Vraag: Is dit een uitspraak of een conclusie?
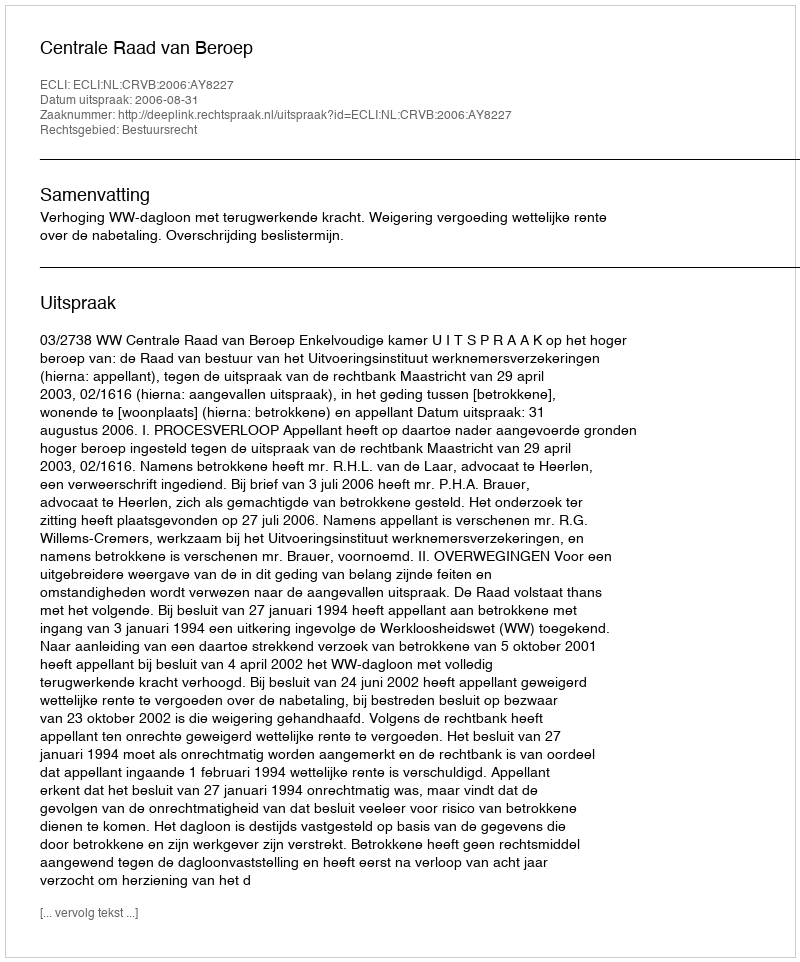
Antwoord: Uitspraak